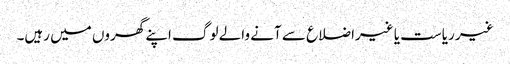
غیر ریاست یا غیراضلاع سے آنے والے لوگ اپنے گھروں میں رہیں۔